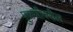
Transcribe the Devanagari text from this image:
पुळणीवरील